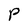
Character: P